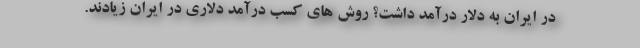
در ایران به دلار درآمد داشت؟ روش های کسب درآمد دلاری در ایران زیادند.